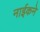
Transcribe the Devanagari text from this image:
नाईकने